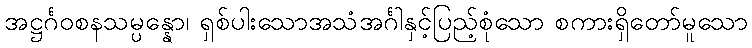
အဋ္ဌင်္ဂဝစနသမ္ပန္နော၊ ရှစ်ပါးသောအသံအင်္ဂါနှင့်ပြည့်စုံသော စကားရှိတော်မူသော